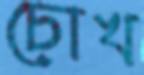
চোখ